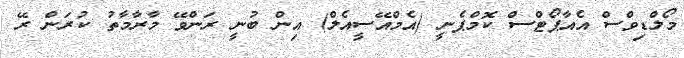
މޯލްޑިވްސް އެއާޕޯޓްސް ކޮމްޕެނީ (އެމްއޭސީއެލް) އިން ބުނީ ރަންވޭ މާރާމާތު ކުރަން ރޭ